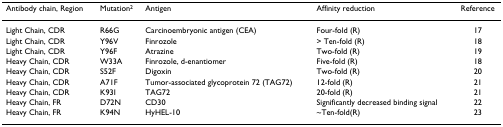
| Antibody chain, Region | Mutation2 | Antigen | Affinity reduction | Reference |
 | --- | --- | --- | --- | --- |
 | Light Chain, CDR | R66G | Carcinoembryonic antigen (CEA) | Four-fold (R) | 17 |
 | Light Chain, CDR | Y96V | Finrozole | > Ten-fold (R) | 18 |
 | Light Chain, CDR | Y96F | Atrazine | Two-fold (R) | 19 |
 | Heavy Chain, CDR | W33A | Finrozole, d-enantiomer | Five-fold (R) | 18 |
 | Heavy Chain, CDR | S52F | Digoxin | Two-fold (R) | 20 |
 | Heavy Chain, CDR | A71F | Tumor-associated glycoprotein 72 (TAG72) | 12-fold (R) | 21 |
 | Heavy Chain, CDR | K93I | TAG72 | 20-fold (R) | 21 |
 | Heavy Chain, FR | D72N | CD30 | Significantly decreased binding signal | 22 |
 | Heavy Chain, FR | K94N | HyHEL-10 | ~Ten-fold(R) | 23 |